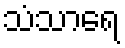
သံသာရေ